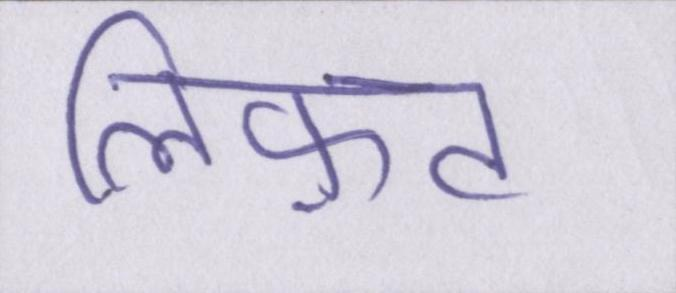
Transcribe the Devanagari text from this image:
लिफ़्ट